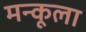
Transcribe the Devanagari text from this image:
मन्कूला